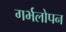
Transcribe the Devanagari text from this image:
गर्भलोपन